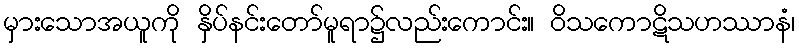
မှားသောအယူကို နှိပ်နင်းတော်မူရာ၌လည်းကောင်း။ ဝိသကောဋိသဟဿာနံ၊